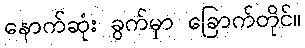
နောက်ဆုံး ခွက်မှာ ခြောက်တိုင်။